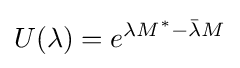
U(\lambda )=e^{\lambda M^{*}-{\bar {\lambda }}M}